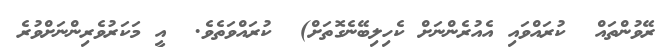
ރޭވުންތައް  ކުރައްވައި އެއުރެންނަށް ކެހިލިބޭނެގޮތަށް)  ކުރައްވަތެވެ.  އީ މަކަރުވެރިންނަށްވުރެ